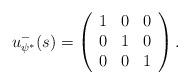
LaTeX: \begin{align*} u_{\psi^*}^-(s) = \left(\begin{array}{c c c} 1 & 0 & 0 \\ 0 & 1 & 0 \\ 0 & 0 & 1 \end{array}\right) .\end{align*}